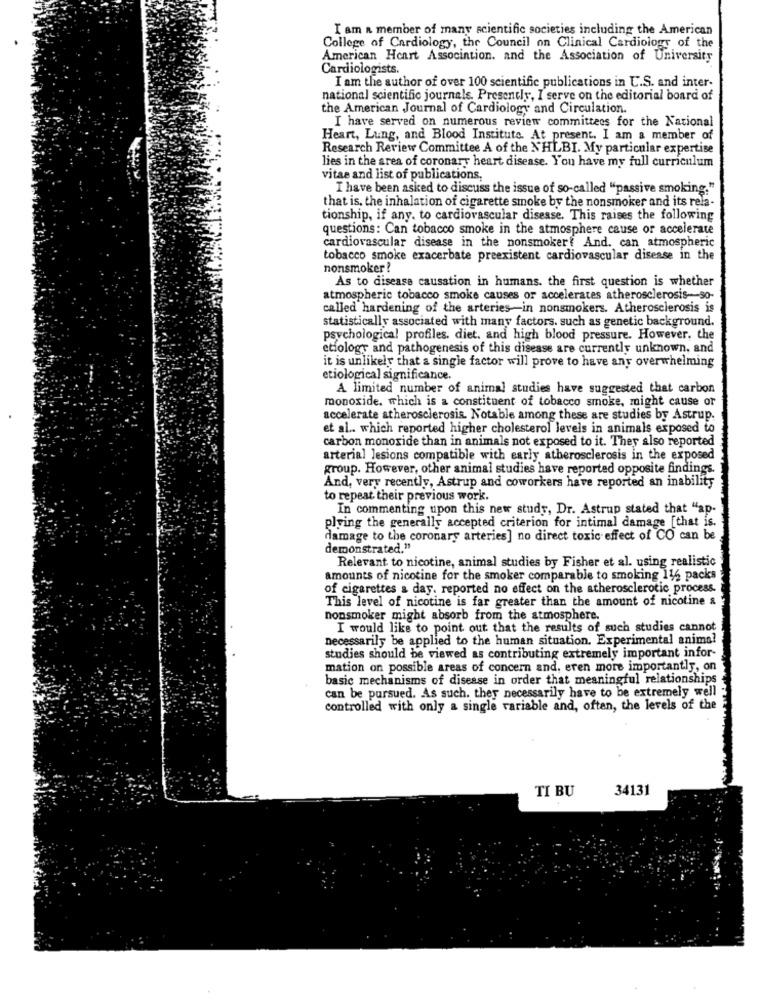
I am a member of many scientific societies including the American
College of Cardiology, the Council on Clinical Cardiology of the
American Heart Association. and the Association of University
Cardiologists.
I am the author of over 100 scientific publications in U.S. and inter-
national scientific journals. Presently, I serve on the editorial board of
the American Journal of Cardiology and Circulation.
I have served on numerous review committees for the National
Heart, Lung, and Blood Institute. At present. I am a member of
Research Review Committee A of the NHLBI. My particular expertise
lies in the area of coronary heart disease. You have my full curriculum
vitae and list of publications,
I have been asked to discuss the issue of so-called "passive smoking."
that is, the inhalation of cigarette smoke by the nonsmoker and its rela-
tionship, if any. to cardiovascular disease. This raises the following
questions: Can tobacco smoke in the atmosphere cause or accelerate
cardiovascular disease in the nonsmoker? And. can atmospheric
tobacco smoke exacerbate preexistent cardiovascular disease in the
nonsmoker !
As to disease causation in humans. the first question is whether
atmospheric tobacco smoke causes or accelerates atherosclerosis-so-
called hardening of the arteries-in nonsmokers. Atherosclerosis is
statistically associated with many factors. such as genetic background.
psychological profiles. diet, and high blood pressure. However, the
etiology and pathogenesis of this disease are currently unknown, and
it is unlikely that a single factor will prove to have any overwhelming
etiological significance.
A limited number of animal studies have suggested that carbon
monoxide, which is a constituent of tobacco smoke, might cause or
accelerate atherosclerosis. Notable among these are studies by Astrup.
et al .. which reported higher cholesterol levels in animals exposed to
carbon monoxide than in animals not exposed to it. They also reported
arterial lesions compatible with early atherosclerosis in the exposed
group. However, other animal studies have reported opposite findings.
And, very recently, Astrup and coworkers have reported an inability
to repeat their previous work.
In commenting upon this new study, Dr. Astrup stated that "ap-
plying the generally accepted criterion for intimal damage [that is.
damage to the coronary arteries] no direct toxic effect of CO can be
demonstrated."
Relevant to nicotine, animal studies by Fisher et al. using realistic
amounts of nicotine for the smoker comparable to smoking 116 packs
of cigarettes a day, reported no effect on the atherosclerotic process.
This level of nicotine is far greater than the amount of nicotine &
nonsmoker might absorb from the atmosphere.
I would like to point out that the results of such studies cannot
necessarily be applied to the human situation. Experimental animal
studies should be viewed as contributing extremely important infor-
mation on possible areas of concern and. eren more importantly, on
basic mechanisms of disease in order that meaningful relationships
can be pursued. As such. they necessarily have to be extremely well
controlled with only a single variable and, often, the levels of the
TI BU
34131